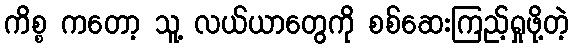
ကိစ္စ ကတော့ သူ့ လယ်ယာတွေကို စစ်ဆေးကြည့်ရှုဖို့တဲ့